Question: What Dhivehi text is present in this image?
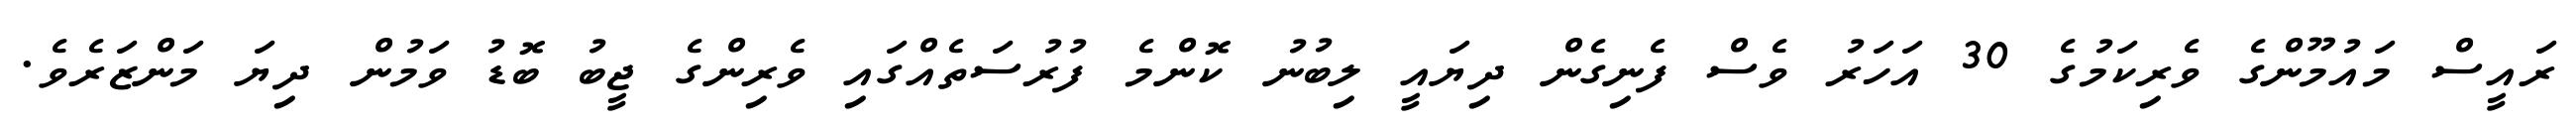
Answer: ރައީސް މައުމޫންގެ ވެރިކަމުގެ 30 އަހަރު ވެސް ފެނިގެން ދިޔައީ ލިބުނު ކޮންމެ ފުރުސަތެއްގައި ވެރިންގެ ޖީބު ބޮޑު ވަމުން ދިޔަ މަންޒަރެވެ.